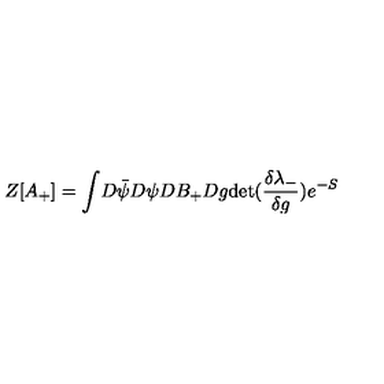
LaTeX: Z [ A _ { + } ] = \int \! D \bar { \psi } D \psi D B _ { + } D g \mathrm { d e t } ( \frac { \delta \lambda _ { - } } { \delta g } ) e ^ { - S }